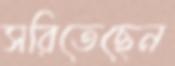
সরিতেছেন